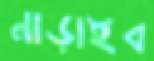
নাড়াইব